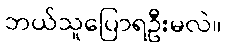
ဘယ်သူပြောရဦးမလဲ။